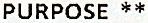
PURPOSE **